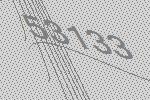
53133